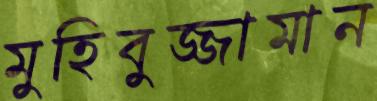
মুহিবুজ্জামান